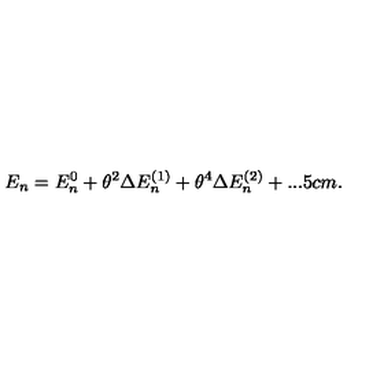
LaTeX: E _ { n } = E _ { n } ^ { 0 } + \theta ^ { 2 } \Delta E _ { n } ^ { ( 1 ) } + \theta ^ { 4 } \Delta E _ { n } ^ { ( 2 ) } + . . . \hspace { . 5 c m . }